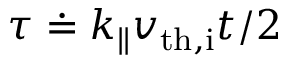
\tau \doteq k _ { \parallel } v _ { \mathrm { t h , i } } t / 2